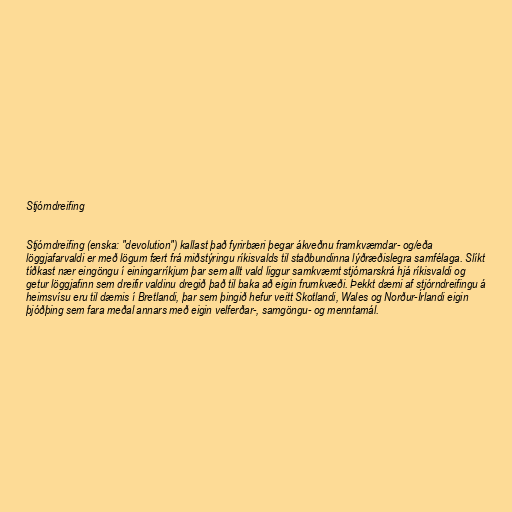
Stjórndreifing

Stjórndreifing (enska: "devolution") kallast það fyrirbæri þegar ákveðnu framkvæmdar- og/eða
löggjafarvaldi er með lögum fært frá miðstýringu ríkisvalds til staðbundinna lýðræðislegra samfélaga. Slíkt
tíðkast nær eingöngu í einingarríkjum þar sem allt vald liggur samkvæmt stjórnarskrá hjá ríkisvaldi og
getur löggjafinn sem dreifir valdinu dregið það til baka að eigin frumkvæði. Þekkt dæmi af stjórndreifingu á
heimsvísu eru til dæmis í Bretlandi, þar sem þingið hefur veitt Skotlandi, Wales og Norður-Írlandi eigin
þjóðþing sem fara meðal annars með eigin velferðar-, samgöngu- og menntamál.